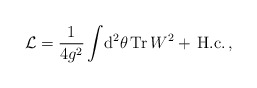
\begin{align*}{\cal L} = \frac{1}{4g^2} \int\!{\rm d}^2\theta \,\mbox{Tr}\, W^2 +\,\mbox{H.c.}\, ,\end{align*}